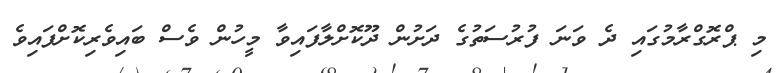
މި ޕްރޮގްރާމުގައި ދެ ވަނަ ފުރުސަތުގެ ދަށުން ދޫކޮށްލާފައިވާ މީހުން ވެސް ބައިވެރިކޮށްފައިވެ